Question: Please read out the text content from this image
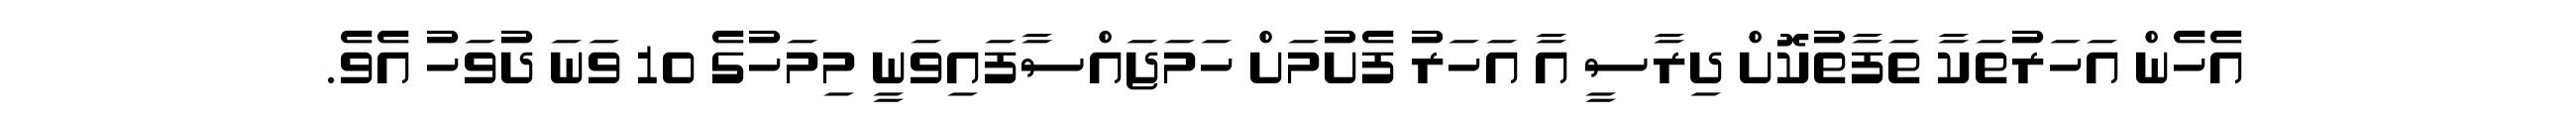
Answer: އެހެން އަހަރުތަކާ ތަފާތުކޮށް ދިރާސީ އާ އަހަރު ފެށުމަށް ހަމަޖައްސާފައިވަނީ މިމަހުގެ 10 ވަނަ ދުވަހު އެވެ.